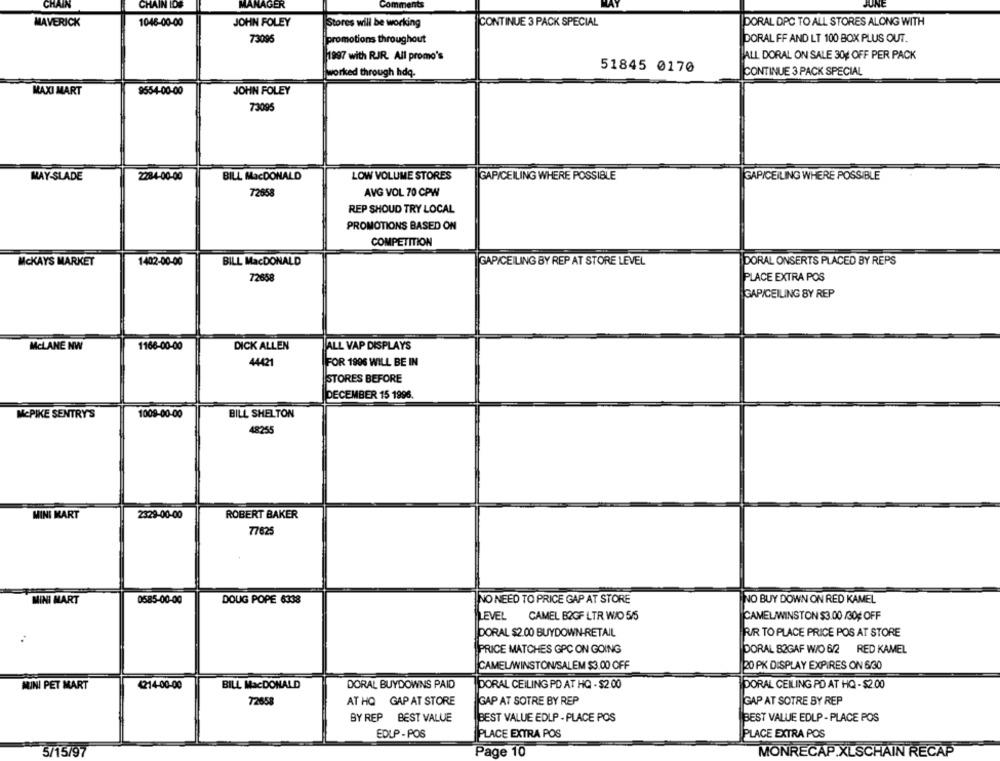
CHAIN
CHAIN IDS
MANAGER
JUNE
MAVERICK
1046-00-00
JOHN FOLEY
Stores will be working
CONTINUE 3 PACK SPECIAL
DORAL DPC TO ALL STORES ALONG WITH
73096
DORAL FF AND LT 100 BOX PLUS OUT.
promotions throughout
1997 with RJR. All promo's
ALL DORAL ON SALE 30% OFF PER PACK
51845 0170
worked through hdq.
CONTINUE 3 PACK SPECIAL
MAXI MART
9554-00-00
JOHN FOLEY
73095
LOW VOLUME STORES
MAY-SLADE
2284-00-00
BILL MacDONALD
GAP/CEILING WHERE POSSIBLE
GAPICEILING WHERE POSSIBLE
72658
AVG VOL 70 CPW
REP SHOUD TRY LOCAL
PROMOTIONS BASED ON
COMPETITION
MCKAYS MARKET
1402-00-00
BILL MacDONALD
GAP/CEILING BY REP AT STORE LEVEL
DORAL ONSERTS PLACED BY REPS
72658
PLACE EXTRA POS
GAP/CEILING BY REP
McLANE NW
1166-00-00
DICK ALLEN
ALL VAP DISPLAYS
44421
FOR 1906 WILL BE IN
STORES BEFORE
DECEMBER 15 1996.
McPIKE SENTRY'S
1009-00-00
BILL SHELTON
48255
MINI MART
2329-00-00
ROBERT BAKER
77625
MINI MART
0585-00-00
DOUG POPE 6338
NO NEED TO PRICE GAP AT STORE
NO BUY DOWN ON RED KAMEL
LEVEL CAMEL B2GF LTR WIO 5/5
CAMELWINSTON $3.00 /30¢ OFF
PORAL $2.00 BUYDOWN-RETAIL
R/R TO PLACE PRICE POS AT STORE
PRICE MATCHES GPC ON GOING
DORAL 82GAF W/O 6/2 RED KAMEL
CAMEL/WINSTON/SALEM $3.00 OFF
20 PK DISPLAY EXPIRES ON 6/30
MINI PET MART
4214-00-00
BILL MacDONALD
DORAL BUYDOWNS PAID
DORAL CEILING PO AT HQ - $2 00
DORAL CEILING PD AT HQ - $2.00
72658
GAP AT SOTRE BY REP
AT HQ GAP AT STORE
GAP AT SOTRE BY REP
BY REP BEST VALUE
BEST VALUE EDLP - PLACE POS
BEST VALUE EDLP - PLACE POS
EDLP - POS
PLACE EXTRA POS
PLACE EXTRA POS
5/15/97
Page 10
MONRECAP.XLSCHAIN RECAP